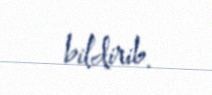
bildirib.